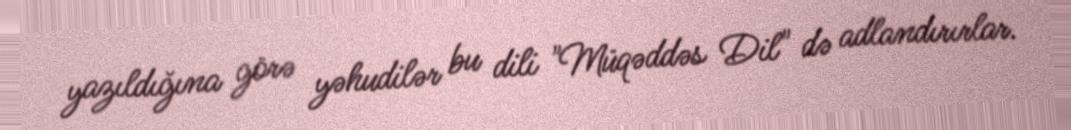
yazıldığına görə yəhudilər bu dili "Müqəddəs Dil" də adlandırırlar.